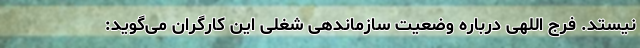
نیستد. فرج اللهی درباره وضعیت سازماندهی شغلی این کارگران می‌گوید: